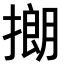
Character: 𪮡